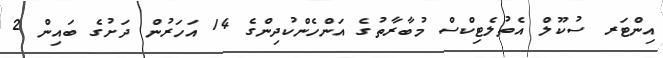
އިންޓަރ ސުކޫލް އެތުލެޓިކްސް މުބާރާތުގެ އަންހެންކުދިންގެ 14 އަހަރުން ދަށުގެ ބައިން 2